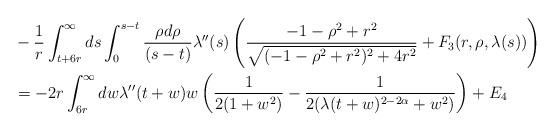
LaTeX: \begin{align*} &-\frac{1}{r} \int_{t+6r}^{\infty} ds \int_{0}^{s-t} \frac{\rho d\rho}{(s-t)} \lambda''(s)\left(\frac{-1-\rho^{2}+r^{2}}{\sqrt{(-1-\rho^{2}+r^{2})^{2}+4r^{2}}}+F_{3}(r,\rho,\lambda(s))\right)\\&=-2r \int_{6r}^{\infty} dw \lambda''(t+w) w\left(\frac{1}{2(1+w^{2})}-\frac{1}{2(\lambda(t+w)^{2-2\alpha}+w^{2})}\right)+E_{4}\end{align*}